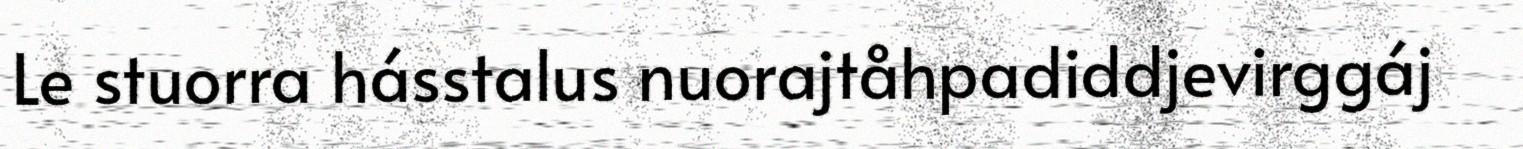
Le stuorra hásstalus nuorajtåhpadiddjevirggáj